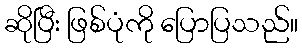
ဆိုပြီး ဖြစ်ပုံကို ပြောပြသည်။